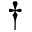
^ \dag